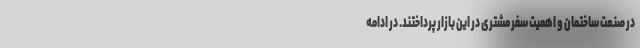
در صنعت ساختمان و اهمیت سفر مشتری در این بازار پرداختند. در ادامه